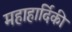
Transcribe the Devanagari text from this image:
महाहार्दिकी